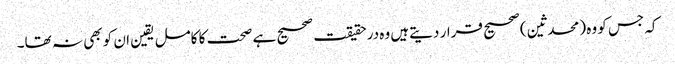
کہ جس کو وہ (محدثین) صحیح قرار دیتےہیں وہ درحقیقت صحیح ہے صحت کا کامل یقین ان کو بھی نہ تھا۔